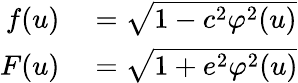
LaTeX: \begin{array}{rl}{f(u)}&{{}={\sqrt{1-c^{2}\varphi^{2}(u)}}}\\ {F(u)}&{{}={\sqrt{1+e^{2}\varphi^{2}(u)}}}\end{array}